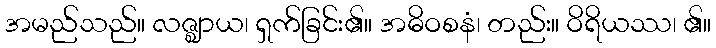
အမည်သည်။ လဇ္ဈာယ၊ ရှက်ခြင်း၏။ အဓိဝစနံ၊ တည်း။ ဝိရိယဿ၊ ၏။